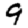
Digit: 9